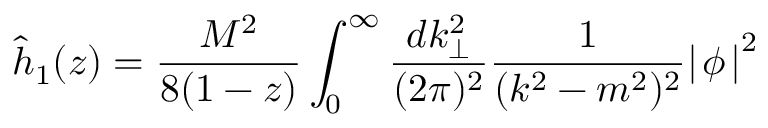
\hat { h } _ { 1 } ( z ) = \frac { M ^ { 2 } } { 8 ( 1 - z ) } \int _ { 0 } ^ { \infty } \frac { d k _ { \bot } ^ { 2 } } { ( 2 \pi ) ^ { 2 } } \frac { 1 } { ( k ^ { 2 } - m ^ { 2 } ) ^ { 2 } } { \mid \! \phi \! \mid } ^ { 2 }